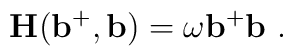
{\bf H(b^+,b)}=\omega {\bf b^+b}                \ .